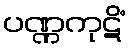
ပဏ္ဏကုဋိံ